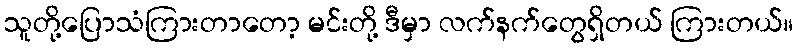
သူတို့ပြောသံကြားတာတော့ မင်းတို့ ဒီမှာ လက်နက်တွေရှိတယ် ကြားတယ်။